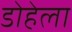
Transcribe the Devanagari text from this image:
डोहेला